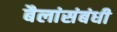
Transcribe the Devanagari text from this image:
बैलांसंबंधी